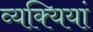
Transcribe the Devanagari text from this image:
व्यक्यियां